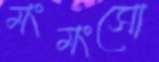
মংমংসো